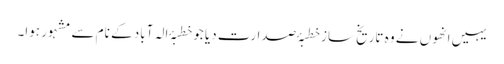
یہیں انھوں نے وہ تاریخ ساز خطبۂ صدارت دیا جو خطبۂ الہ آباد کے نام سے مشہور ہوا۔